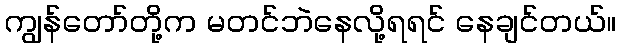
ကျွန်တော်တို့က မတင်ဘဲနေလို့ရရင် နေချင်တယ်။